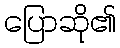
ပြောဆို၏